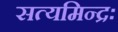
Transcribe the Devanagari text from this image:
सत्यमिन्द्रः